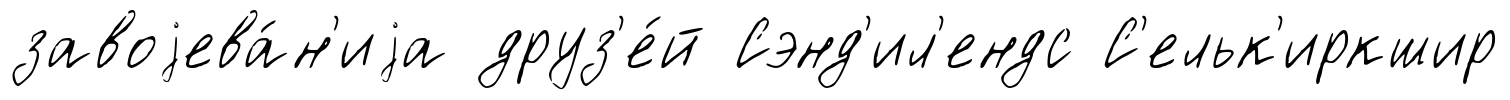
завоjева́н'иjа друз'е́й Сэнд'ил'ендс С'ельк'иркшир